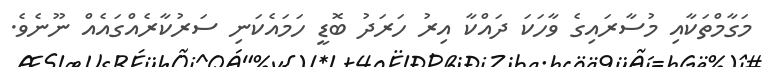
މަގާމްތަކާއި މުސާރައިގެ ވާހަކަ ދައްކާ އިރު ހަރަދު ބޮޑީ ހަމައެކަނި ސަރުކާރެއްގައެއް ނޫނެވެ.